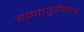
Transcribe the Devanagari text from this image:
इगतपुरीनंतर